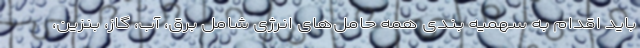
باید اقدام به سهمیه بندی همه حامل‌های انرژی شامل برق، آب، گاز، بنزین،